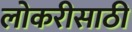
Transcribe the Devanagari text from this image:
लोकरीसाठी